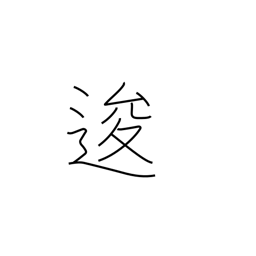
Meaning: go back